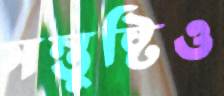
সন্তুষ্টিও